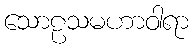
သောဠသမဟာဝါရာ